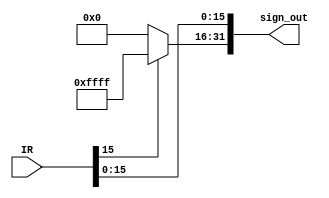

module sign_extension (IR, sign_out);
	input [31:0] IR;
	output [31:0] sign_out;
	wire [15:0] sign_in;
	assign sign_in=IR[15:0];
	assign sign_out[15:0]=sign_in[15:0];
	assign sign_out[31:16]=sign_in[15]?16'b1111_1111_1111_1111:16'b0;
endmodule